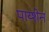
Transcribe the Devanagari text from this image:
पाय्शेन